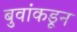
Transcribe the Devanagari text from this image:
बुवांकडून